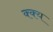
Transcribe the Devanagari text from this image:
क्क्य